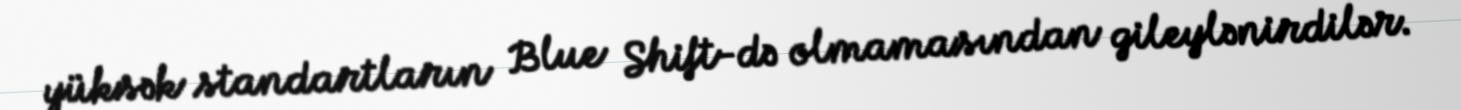
yüksək standartların Blue Shift-də olmamasından gileylənirdilər.